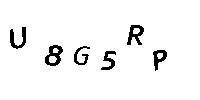
U8G5RP